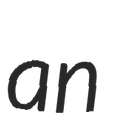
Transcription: an